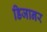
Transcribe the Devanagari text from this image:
डिजानर